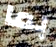
بما